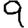
Digit: 9